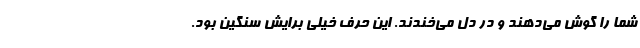
شما را گوش می‌دهند و در دل می‌خندند. این حرف خیلی برایش سنگین بود.